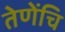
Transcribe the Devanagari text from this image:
तेणेंचि